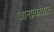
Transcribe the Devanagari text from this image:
ज्ञानप्रकाशात